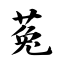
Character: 菟